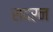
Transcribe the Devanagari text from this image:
सदरन